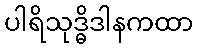
ပါရိသုဒ္ဓိဒါနကထာ